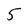
Character: 5